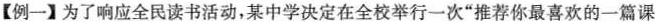
【例一】为了响应全民读书活动，某中学决定在全校举行一次”推荐你最喜欢的一篇课